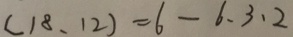
( 1 8 、 1 2 ) = 6 - 6 、 3 、 2